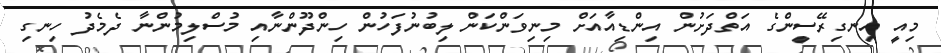
މިއީ އިނގިރޭސީންގެ އަތްދަށުން އިންޑިއާއަށް މިނިވަންކަން ލިބުނުފަހުން ހިންދޫންނާއި މުސްލިމުންނާ ދެމެދު ހިނގި